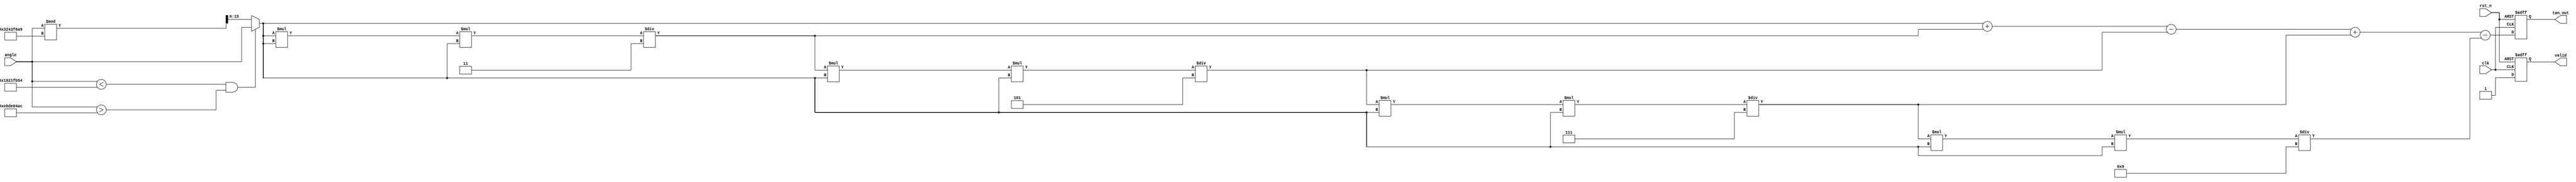
module tan_block (
    input wire clk,
    input wire rst_n,
    input wire [15:0] angle, // 16-bit fixed-point input (in radians)
    output reg [31:0] tan_out, // 32-bit fixed-point output
    output reg valid // Signal to indicate valid output
);

    // Constants
    parameter PI = 32'h3243F6A9; //  in fixed-point format
    parameter PI_OVER_2 = 32'h1921FB54; // /2 in fixed-point format
    parameter MAX_TAN = 32'h7FFFFFFF; // Maximum value for output

    // Internal registers
    reg [31:0] angle_adjusted; // Adjusted angle
    reg [31:0] tan_value; // Calculated tangent value

    // Function to calculate tangent using Taylor series expansion
    function [31:0] taylor_tan;
        input [15:0] x;
        reg [31:0] x_fixed;
        reg [31:0] term;
        reg [31:0] sum;
        integer i;
        begin
            x_fixed = {16'b0, x}; // Convert to fixed-point (32-bit)
            sum = x_fixed; // First term is x
            term = x_fixed; // Initialize term

            // Calculate the first few terms of the Taylor series
            for (i = 1; i < 5; i = i + 1) begin
                term = (term * x_fixed * x_fixed) / (32'h00000002 * i + 1); // x^(2n+1)/(2n)!
                if (i % 2 == 1) begin
                    sum = sum + term; // Add odd terms
                end else begin
                    sum = sum - term; // Subtract even terms
                end
            end
            taylor_tan = sum;
        end
    endfunction

    // Main processing block
    always @(posedge clk or negedge rst_n) begin
        if (!rst_n) begin
            tan_out <= 32'b0;
            valid <= 1'b0;
        end else begin
            // Check for input range and adjust angle
            if (angle < PI_OVER_2 && angle > -PI_OVER_2) begin
                angle_adjusted = angle;
            end else begin
                // Adjust angle to be within the range [-/2, /2]
                angle_adjusted = angle % PI; // Simplified periodicity handling
            end

            // Calculate tangent value
            tan_value = taylor_tan(angle_adjusted);
            tan_out <= tan_value;
            valid <= 1'b1; // Indicate valid output
        end
    end

endmodule